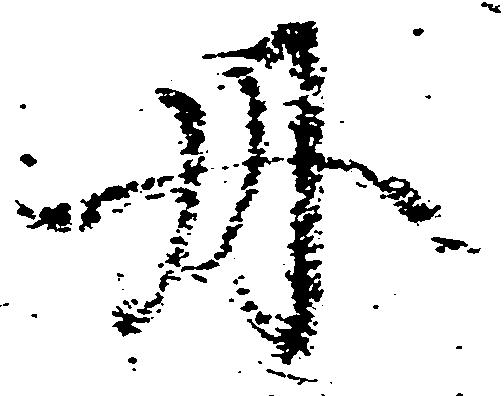
丹